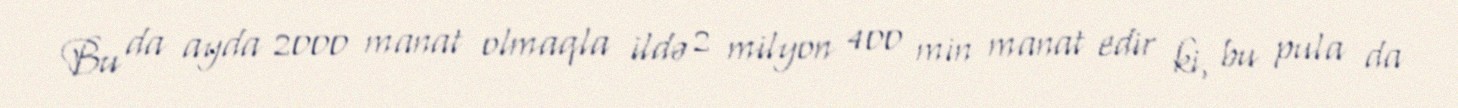
Bu da ayda 2000 manat olmaqla ildə 2 milyon 400 min manat edir ki, bu pula da